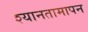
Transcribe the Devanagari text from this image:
श्यानतामापन